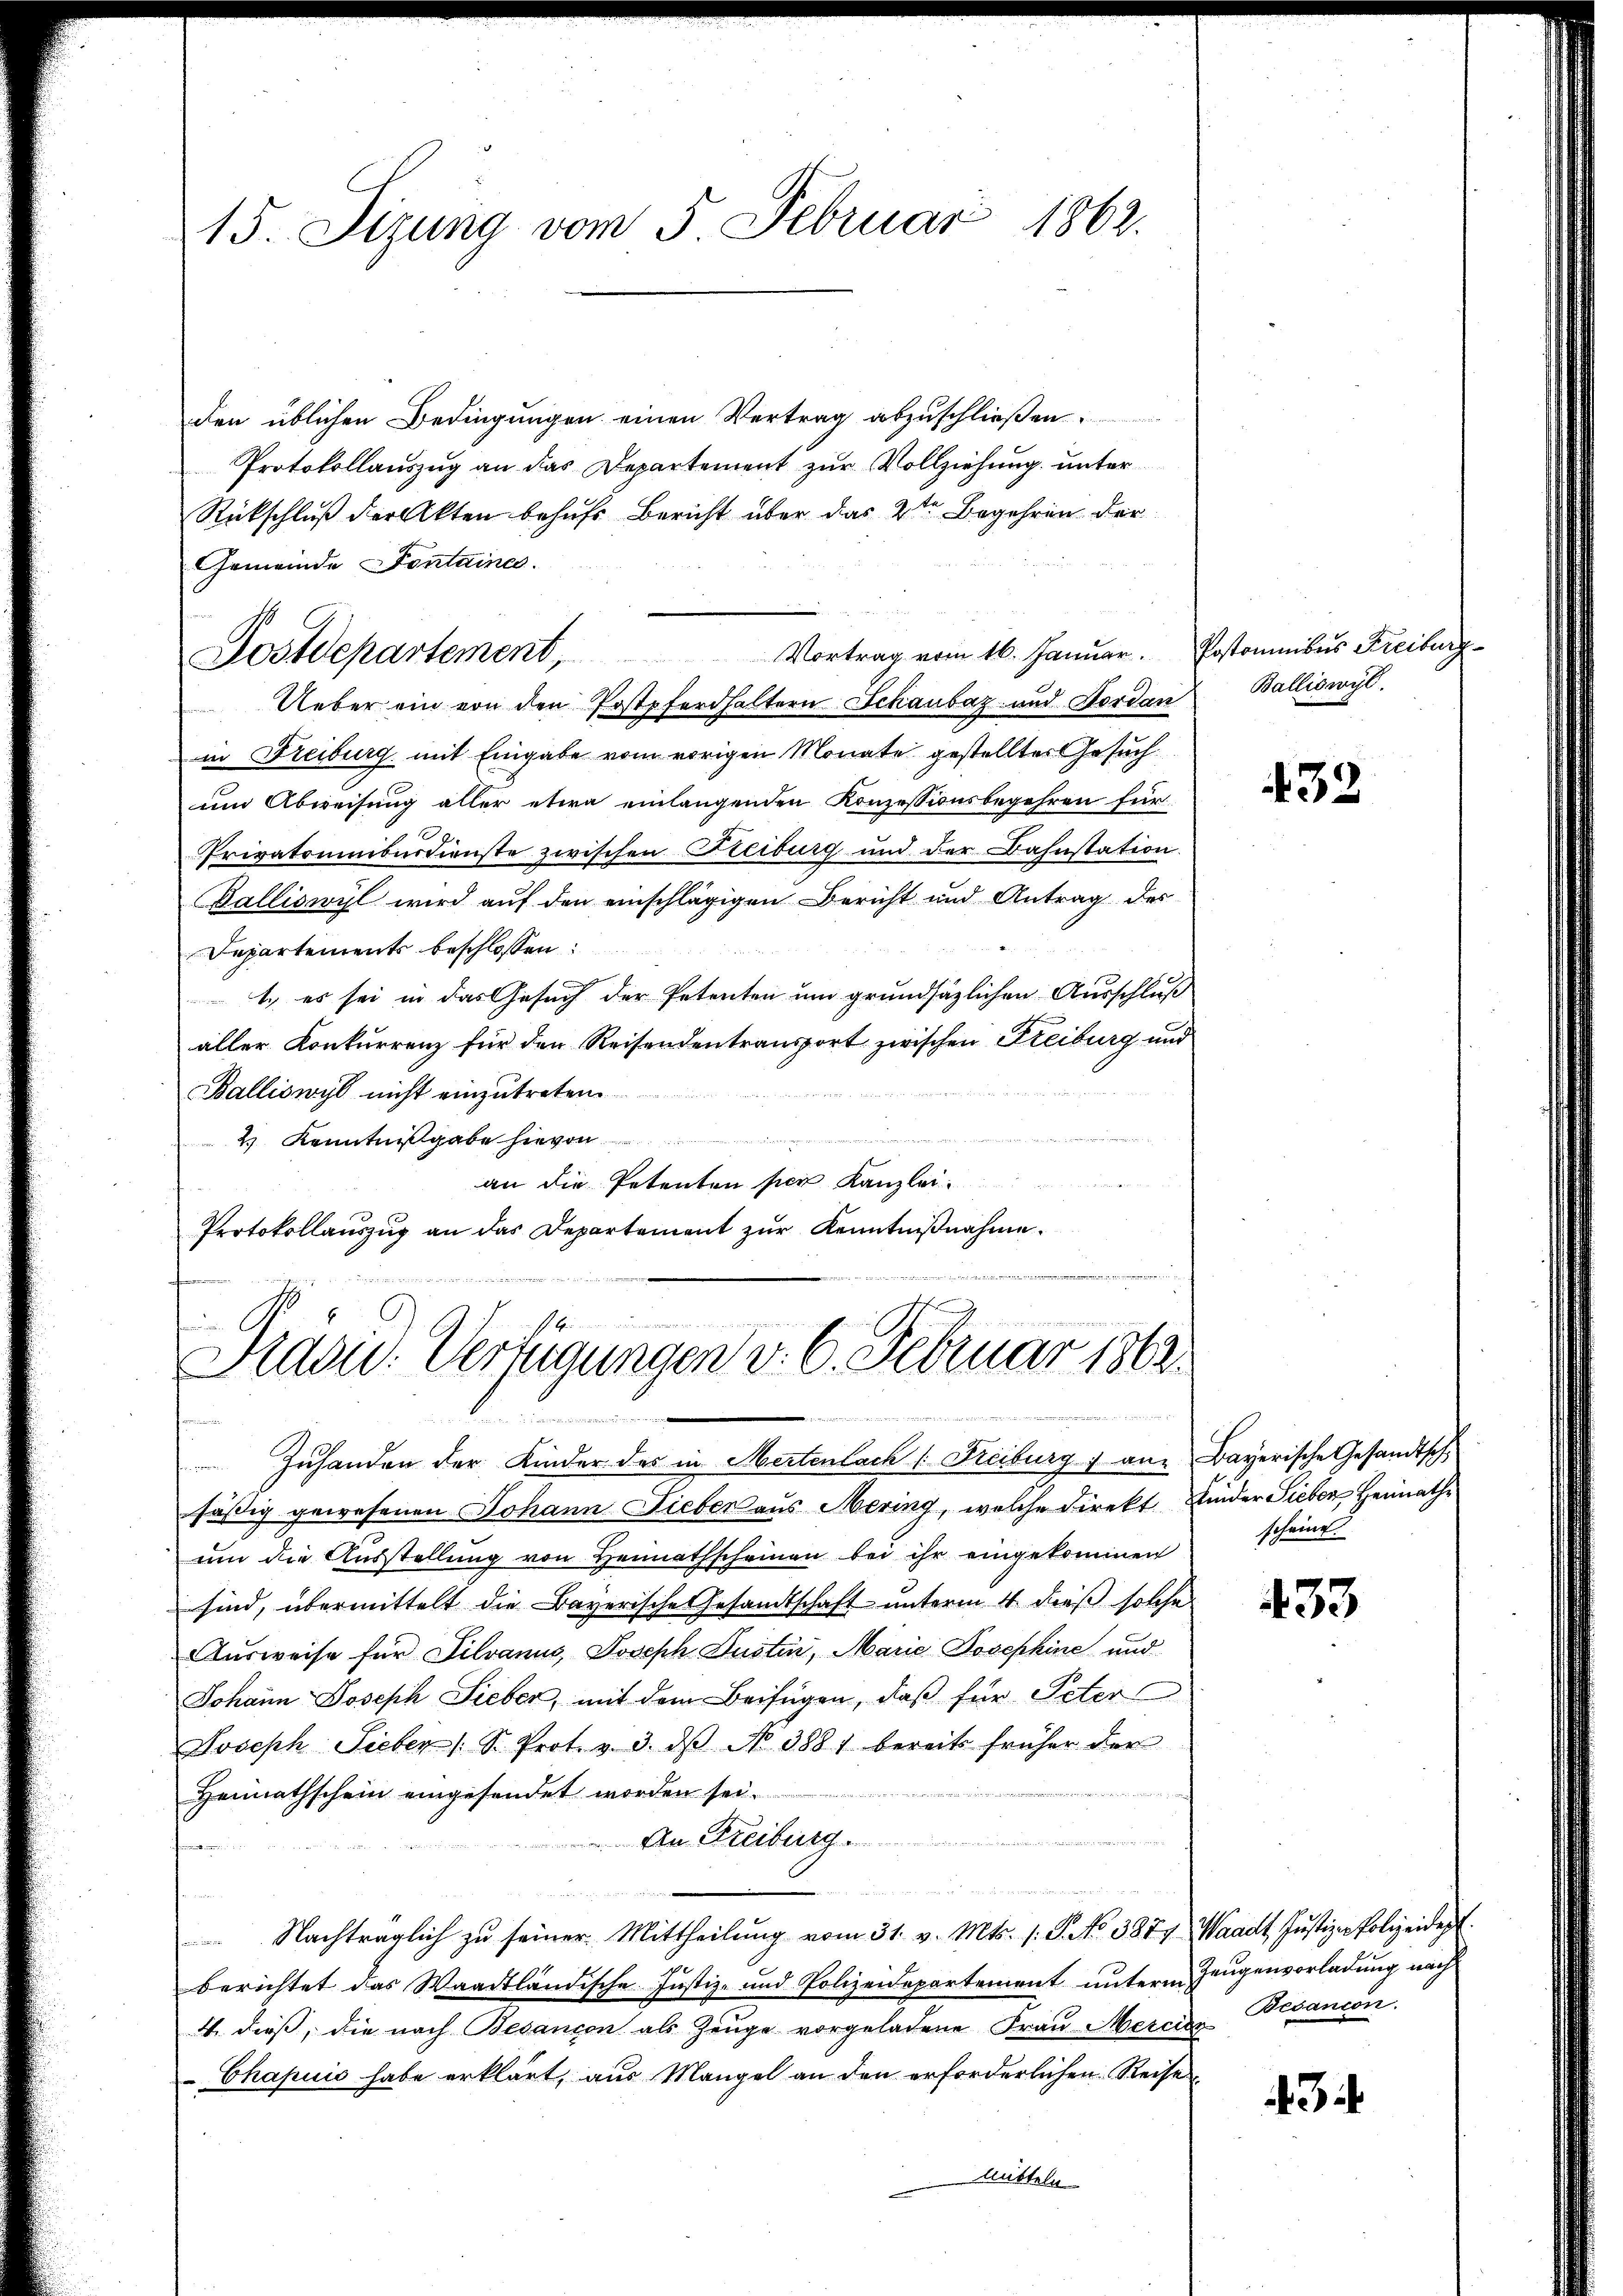
15. Sizung vom 5. Februar 1862.

Postdepartement Vortrag vom 16. Januar. Erstanibus Freiburg

Sraou: Verfügungen v. 6. Februar 1862
e
.

den üblichen Bedingungen einen Vertrag abzuschließen.
Protokollauszug an das Departement zur Vollziehung unter
Rückschluß der Akten behufs Bericht über das 2ten Begehren der
Gemeinde Fontaine.
Ueber ein von den Postpferdhaltern Schaubaz und Nordan
in Freiburg mit Eingabe vom vorigen Monate gestelltes Gesuch
um Abweisung aller etwa einlangenden Konzessionsbegehren für
Privatominiburdienste zwischen Freiburg und der Bahnstation
Galliswyl wird auf den einschlägigen Bericht und Antrag des
Departements beschlossen:
1.) es sei in das Gesuch der Petenten um grundsätzlichen Ausschluß
aller Konkurrenz für den Reisendentransport zwischen Freiburg und
Balliswyl nicht einzutreten.
2 Kenntnißgabe hievon
an die Petenten sien Kanzlei
Protokollaŭszŭg an das Departement zŭr Kenntniβnahme.

Balliswyl.

Zuhanden der Kinder des in Mertenlach u. Freiburg & an Bayerische Gesandtsch
fäßig gewesenen Johann Lieben aus Mering, welche Direkt Kinder Sieben Heimathe
um die Ausstellung von Heimathscheinen bei ihr eingekommen
sind, übermittelt die Bayerische Gesandtschaft unterm 4. dieß solche
Ausweise für Silvanus, Joseph Justin, Marie Josephine und
Johann Joseph Sieber, mit dem Beifügen, daß für Peter
Joseph Sieber 1 S. Prot. v. 3. dβ No 3881 bereits früher der
Heimathschein eingesendet worden sei.
An Freiburg
f
Nachträglich zŭ seiner Mittheilŭng vom 31. v. Mts. s. S. No 3877, Waadt Justiz-Polizeidept.
berichtet das Waadtländische Justiz- und Polizeidepartement unterm Zeugenvorladung nach
4. dieß, die nach Besançon als Zeuge vorgeladene Frau Mercier Besandon.
Chapuis habe erklärt, aus Mangel an den erforderlichen Reises
Mitteln

432

scheine.

433

3